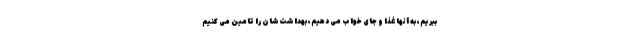
ببریم، به آنها غذا و جای خواب می دهیم، بهداشت‌شان را تامین می کنیم